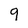
Character: 9